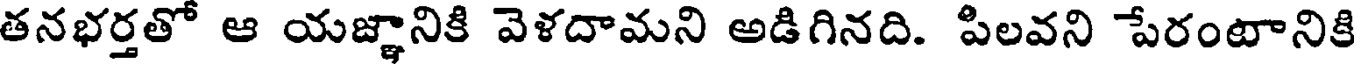
తనభర్తతో ఆ యజ్ఞానికి వెళదామని అడిగినది. పిలవని పేరంటానికి